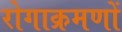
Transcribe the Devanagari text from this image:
रोगाक्रमणों